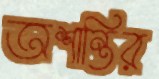
অশান্তির